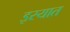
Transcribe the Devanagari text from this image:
इस्यात